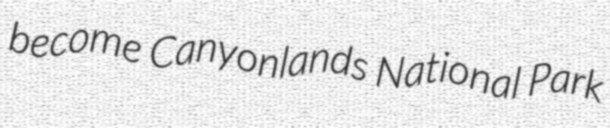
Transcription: become Canyonlands National Park